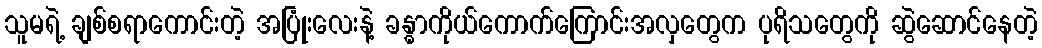
သူမရဲ့ ချစ်စရာကောင်းတဲ့ အပြုံးလေးနဲ့ ခန္ဓာကိုယ်ကောက်ကြောင်းအလှတွေက ပုရိသတွေကို ဆွဲဆောင်နေတဲ့